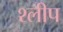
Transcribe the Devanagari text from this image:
श्लीप